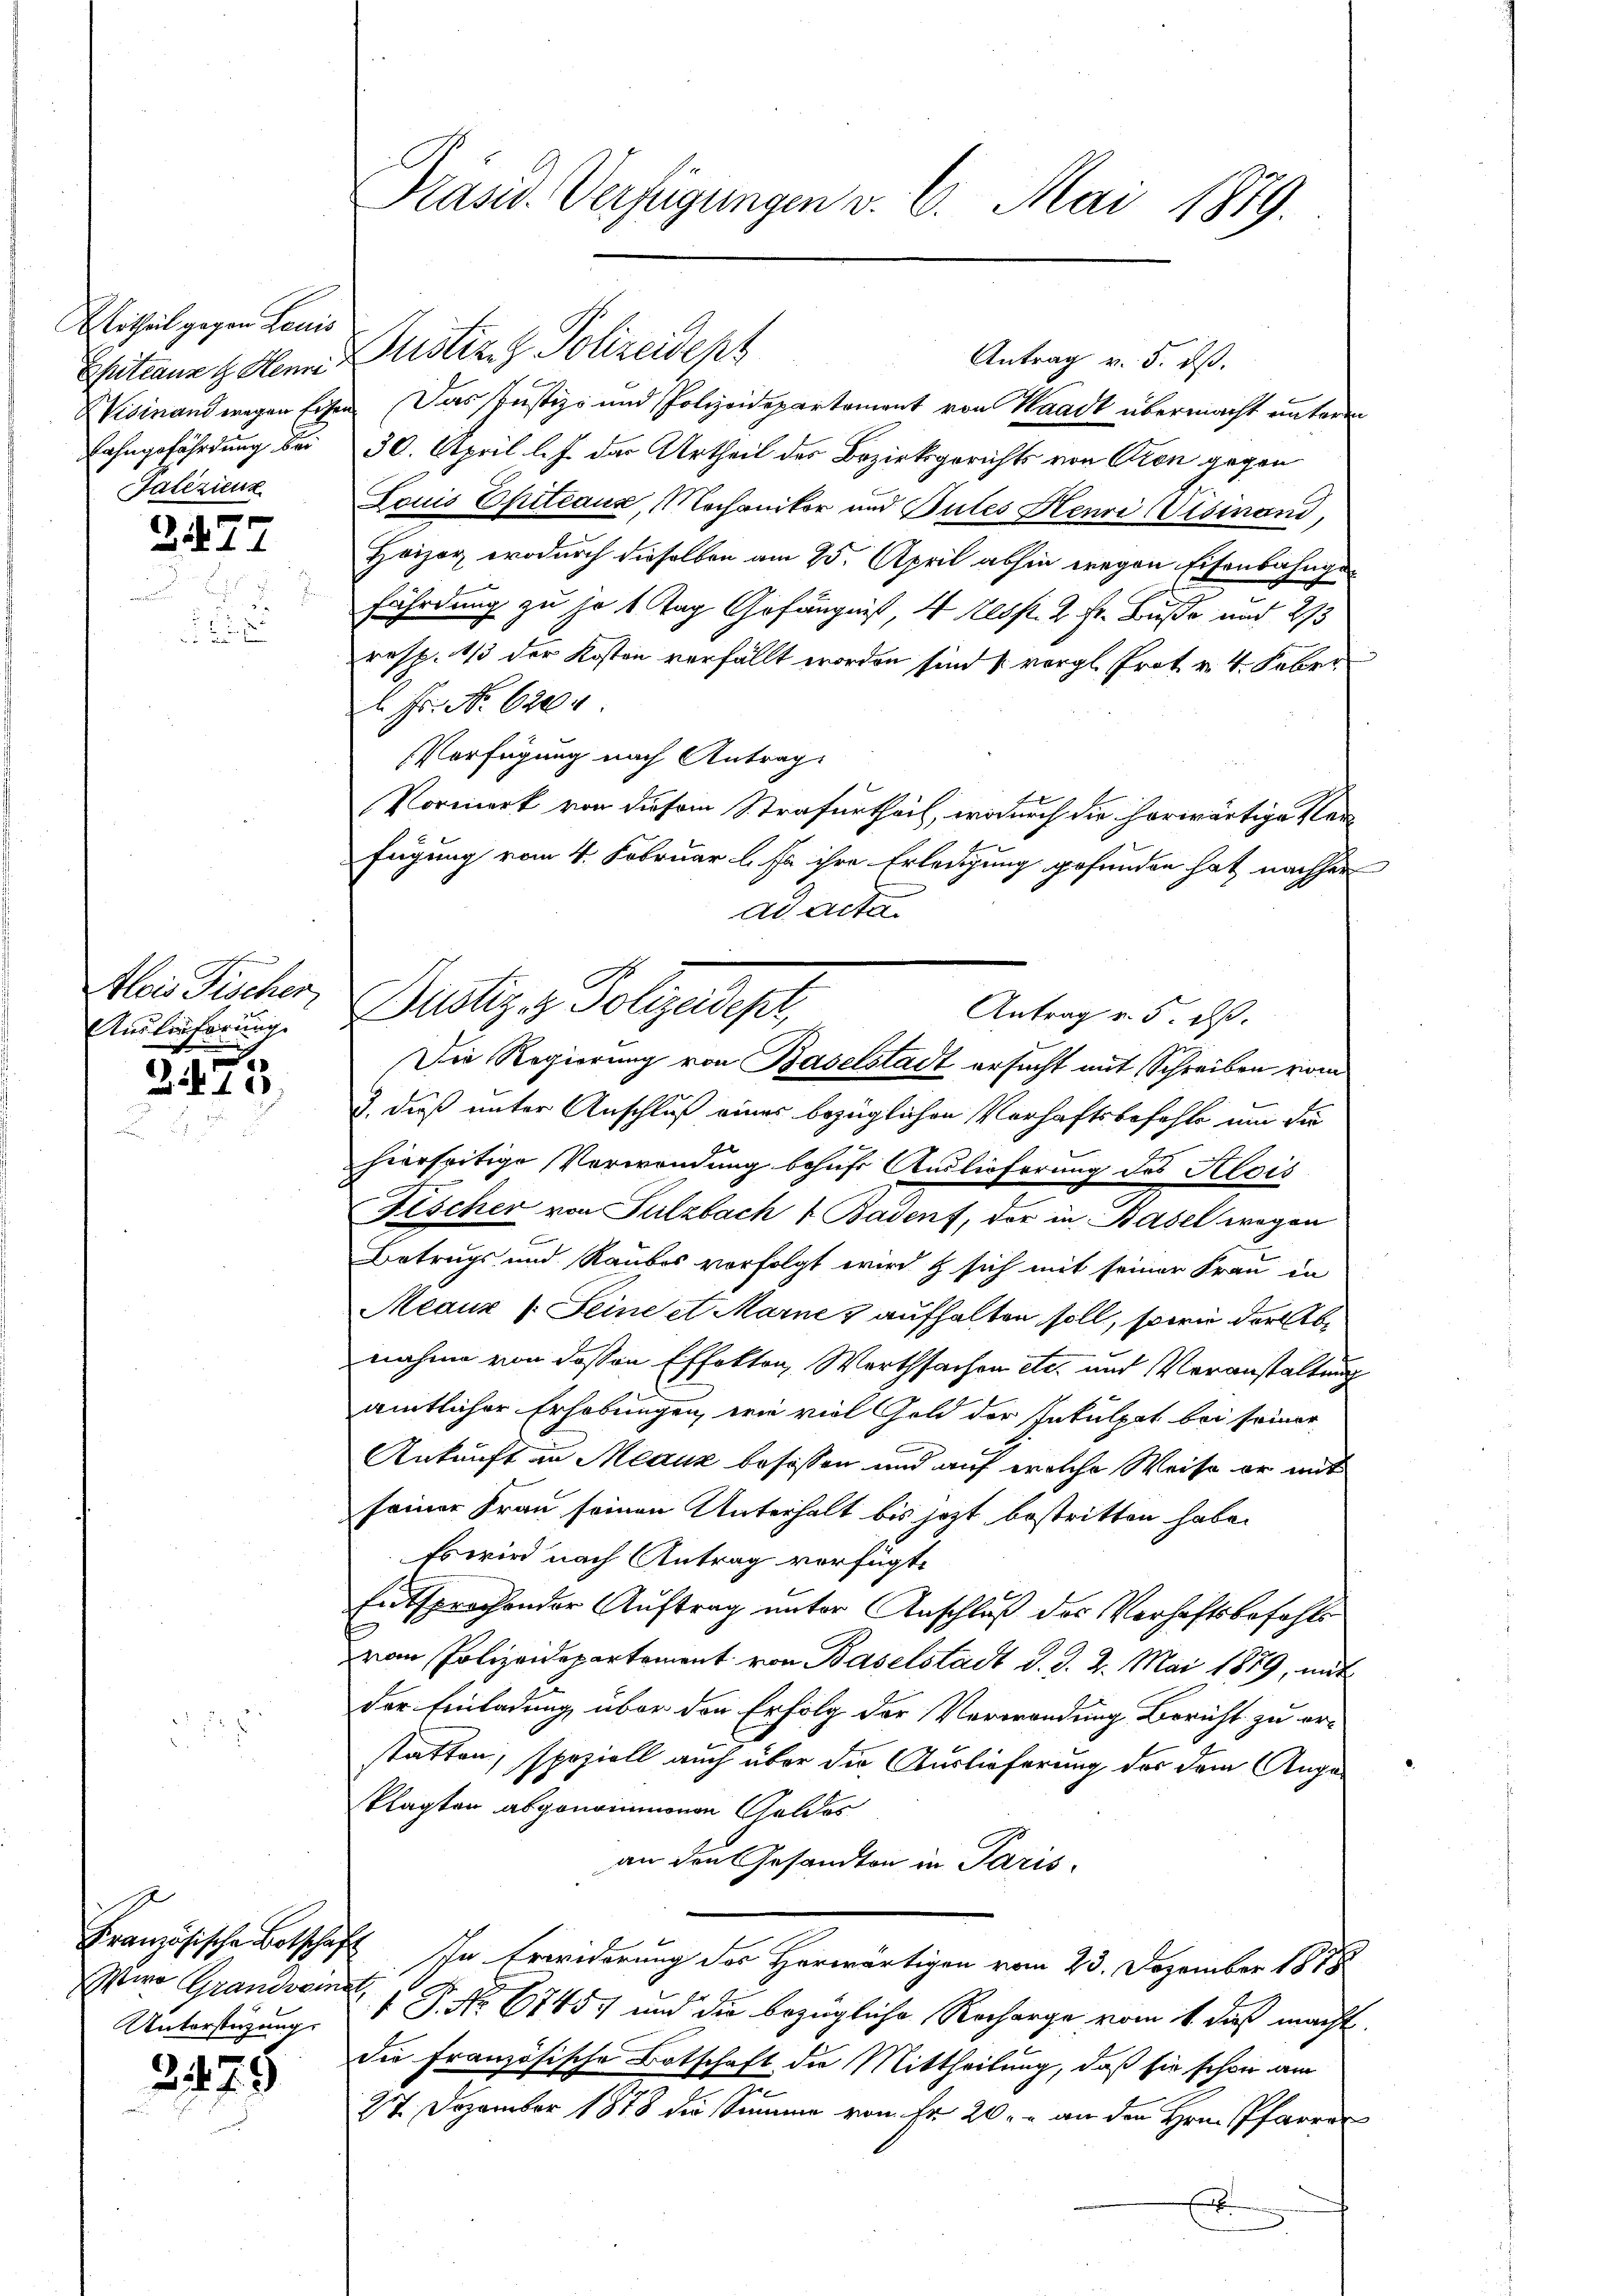
E Ertheil gegen Lauis
Epitcanz G Henni
Lahngefährdung bei
Falizienz

2477

u

Alois Fischen,
Auslieferung

x
2110

Wiro Grandseiner
Unterstüzung.

3475

Präsid. Verfügungen v. 6. Mai 1879.

Wisinand wegen Eisen. Das Justiz- und Polizeidepartement von Waadt übermacht unterm
30. April l. J. der Urtheil des Bezirksgerichts von Cron gegen
Louis Epitiaus, Mechaniker und Butes Henri (Visinand,
Heizer, wodurch dieselben am 25. April abhin wegen Eisenbahngefährdung zu so 1 Tag Gefängnis, 4 resp. 2 Fr. Buße und 273
resp. 1/3 der Kosten verfällt worden sind (vergl. Prot. v. 4. Feber
l. Fr. No. 6204
Verfügung nach Antrag
Vormerk von diesem Strafurtheil, wodurch die herwärtige Verfügung vom 4. Februar l. Js. ihre Erledigung gefunden hat nachher
dd Acten
Antrag v. 5. ds.
Die Regierung von Baselstadt ersucht mit Schreiben vom
J. daß unter Anschluß eines bezüglichen Verhaftsbefehle um die
hierseitige Verwendung behufs Auslieferung des Alois
Fischer von Sulzbach & Badenf, der in Basel wegen
Betrugs und Raubes vorfolgt wird & sich mit seiner Frau in
Meauz 1. Seine et Marne 3 aufhalten soll, sowie der Abnahme von deßen Effekton, Werthsachen etc. und Veranstaltung
amtlicher Erhebungen, wie viel Gold der Inkulpat bei seiner
Ankunft zu Meaux besassen und auf welche Weise er mit
seiner Frau seinen Unterhalt bis jetzt bestritten habe.
Es wird nach Antrag verfügt:
Entsprochender Auftrag unter Anschluß des Verhaftsbefehls
vom Polizeidepartement von Baselstadt d. d. 2. Mai 1889, mit
der Einladung über den Erfolg der Verwendung Bericht zu erstatten, speziell auch über die Auslieferung der dem Angeklagten abgenommenen Geldes
an den Gesandten in Paris.
Französische Botschaft Ihn Erwiderung des Herwärtigen vom 23. Dezember 1878
 P. Nr. 6745) und die bezügliche Recharge vom 1. daß machte
die französische Botschaft die Mittheilung, daß sie schon am
27 Dezember 1878 die Summe von Fr. 20. - an den Hrn. Pfarrer
E

Justiz & Polizeidept

Dustiz & Polczadepr

Antrag v. 5. ds.